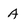
Character: A